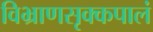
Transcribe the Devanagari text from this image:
विभ्राणसृक्कपालं